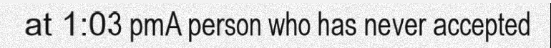
at 1:03 pmA person who has never accepted